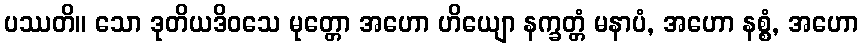
ပဿတိ။ သော ဒုတိယဒိဝသေ မုတ္တော အဟော ဟိယျော နက္ခတ္တံ မနာပံ, အဟော နစ္စံ, အဟော